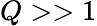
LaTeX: Q>>1